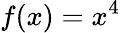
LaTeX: f(x)=x^{4}